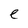
Character: e